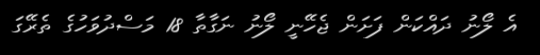
އެ ލޯނު ދައްކަން ފަށަން ޖެހޭނީ ލޯނު ނަގާތާ 18 މަސްދުވަހުގެ ތެރޭގަ